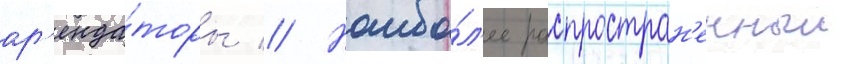
ар'енда́торы // Наибо́л'ее распростран'енныи